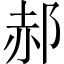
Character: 郝